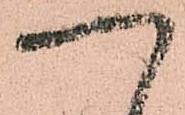
へ